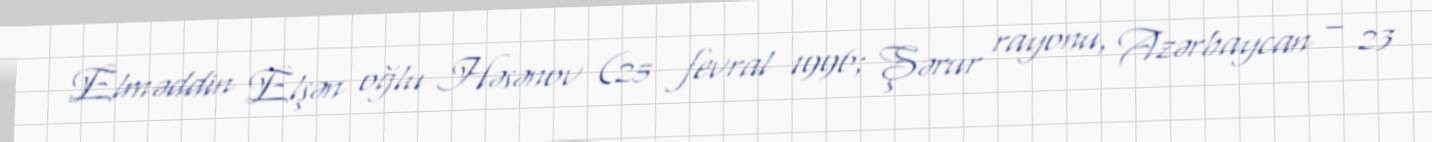
Elməddin Elşən oğlu Həsənov (25 fevral 1996; Şərur rayonu, Azərbaycan – 23